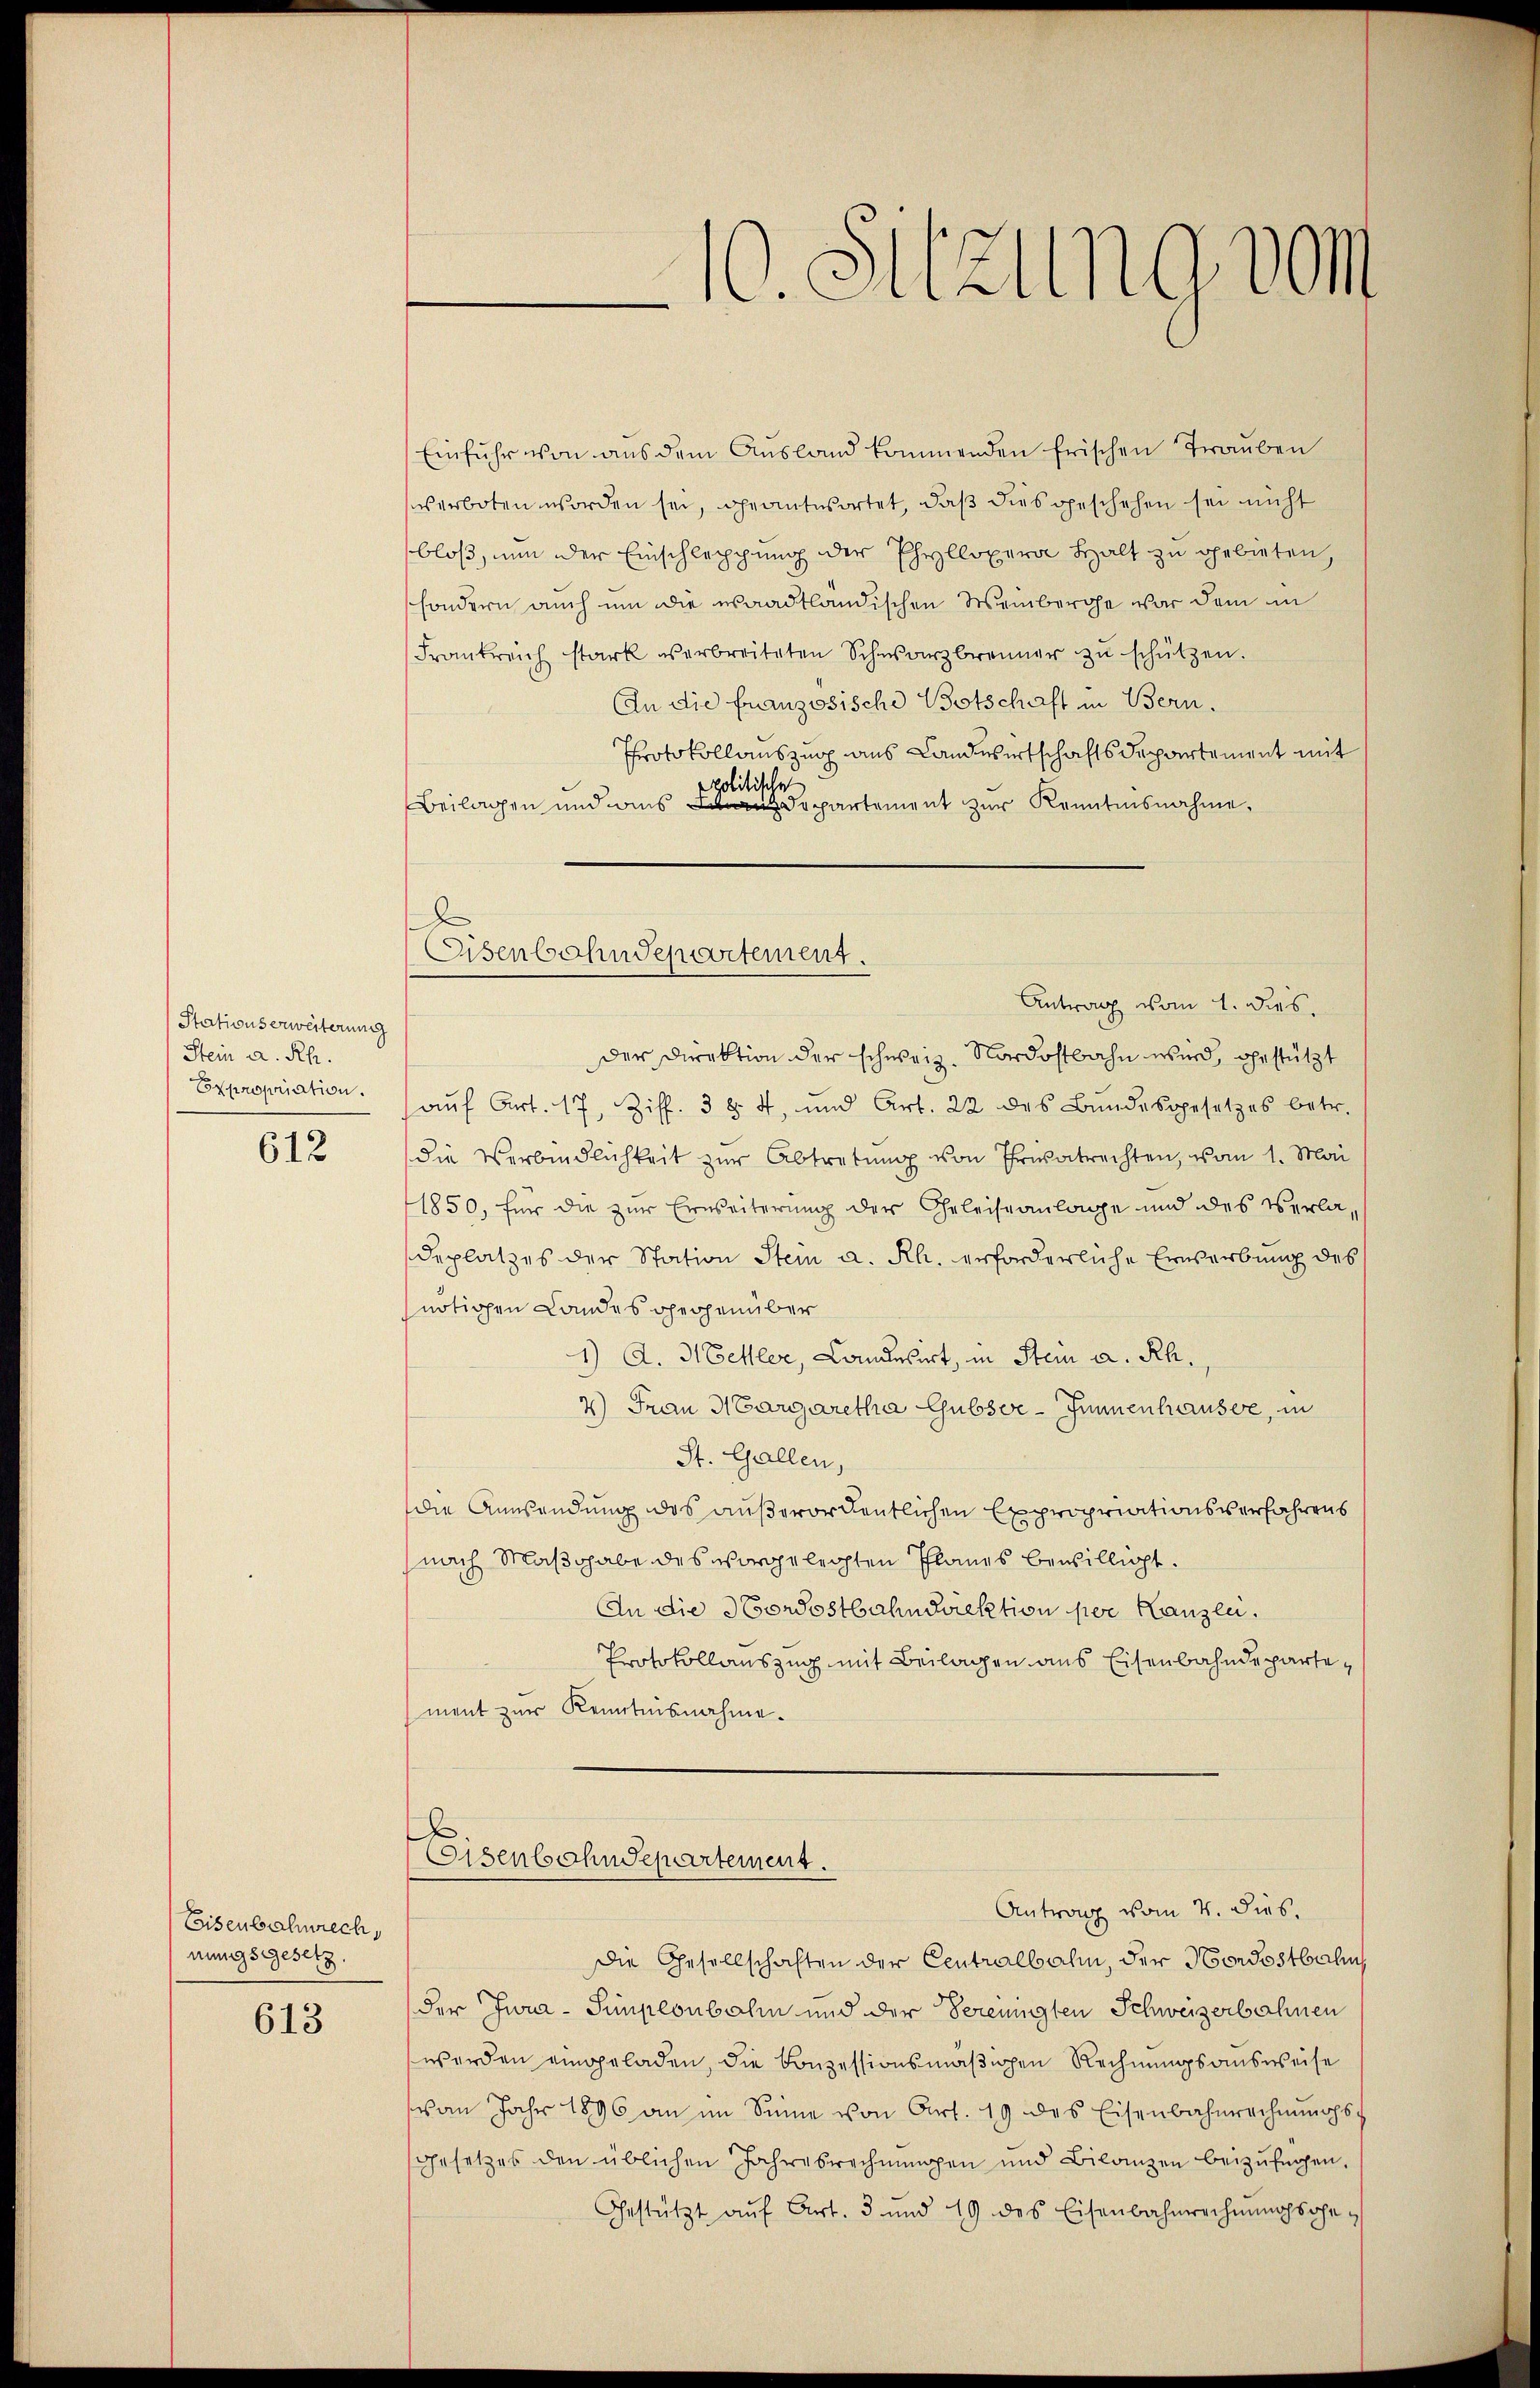
Stationserweiterung
Stein a. Rh.
Expropriation.

612

Eisenbahnrech,
nungsgesetz

613

Eisenbahndepartement.
Antrag vom 1. dies

e
Eisenbahndepartement.

Einfuhr von aus dem Ausland kommenden frischen Trauben
verboten worden sei, geantwortet, daß dies geschehen sei nicht
bloß, nun der Einschleppung der Phyllopera Halt zu gebieten,
sondern auch um die waadtländischen Weinberge war dem in
Frankreich stark verbreiteten Schwarzbrenner zŭ schützen.
An die französische Botschaft in Bern.
Protokollauszug aus Landwirtschaftsdepartement mit
politische
Beilagen und aus Departement zur Kenntnisnahme,
Der Direktion der schweiz. Nordostbahn wird, gestützt
aŭf Art. 17, Ziff. 3 § 4, und Art. 22 des Bundesgesetzes betr.
die Verbindlichkeit zur Abtretung von Privatrechten, vom 1. Mai
1850, für die zur Erweiterung der Geleiseanlage und des Verladeplatzes der Station Stein a. Rh. erforderliche Erwerbung des
nötigen Landes gegenüber
1) A. Hehler, Candesirt, in Stein a. Rh.,
2) Frau Margaretha Gubsve-Junnenhauser, in
St. Gallen,
die Anwendung des außerordentlichen Expropriationsverfahrens
nach Maßgabe des vorgelegten Planes bewilligt.
An die Nordostbahndirektion per Kanzlei.
Protokollauszug mit Beilagen aus Eisenbahndepartement zur Kenntnisnahme.

.
u. Sitzung vom

Die Gesellschaften der Centralbahn, der Nordostbahn
der Zwaa-Simplonbahn und der Vereinigten Schweizerbahnen
werden eingeladen, die Conzessionsmäßigen Rechnungsausweise
von Jahr 1896 an im Sinne von Art. 19 des Eisenbahnrechnŭngs-
Gesetzes den üblichen Jahresrechnŭngen und Bilanzen beizufügen.
Gestützt aŭf Art. 3 und 49 des Eisenbahnrechnŭngssohe¬

Antrag vom 4. dies.